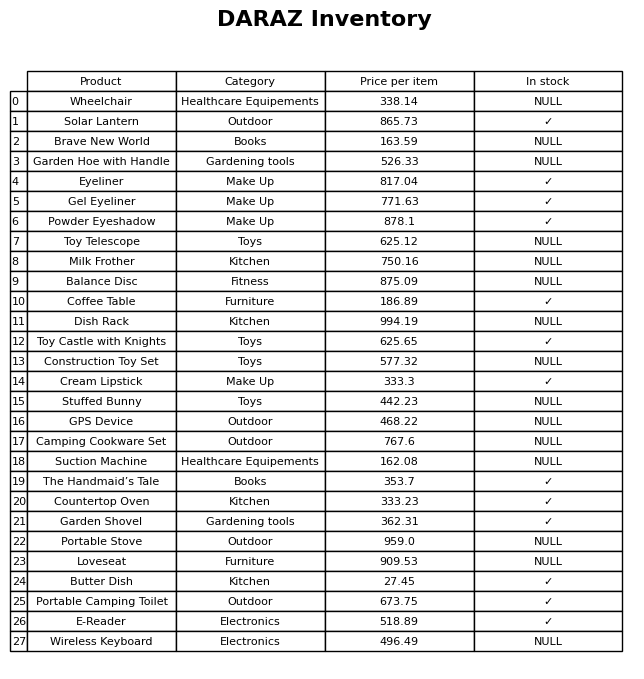
question: What is the price of the Camping Cookware Set?
answer: The price of Camping Cookware Set is 767.6.